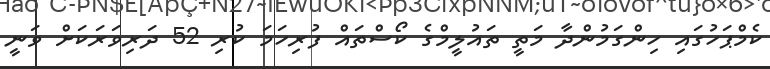
ކެމްޕަހުގައި ހިންގަމުންދާ މަތީ ތައުލީމްގެ ކޯސްތައް ފުރިހަމަ ކުރި 52 ދަރިވަރަކަށް ވަނީ